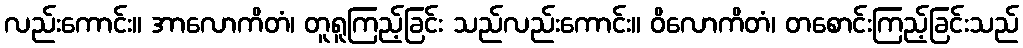
လည်းကောင်း။ အာလောကိတံ၊ တူရူကြည့်ခြင်း သည်လည်းကောင်း။ ဝိလောကိတံ၊ တစောင်းကြည့်ခြင်းသည်